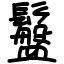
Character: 䰔